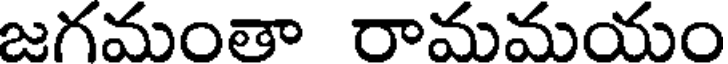
జగమంతా రామమయం